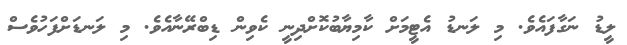
ލީޑު ނަގާފައެވެ. މި ލަނޑު އެޓީމަށް ކާމިޔާބުކޮށްދިނީ ކެވިން ޑިބްރޭނާއެވެ. މި ލަނޑަށްފަހުވެސް